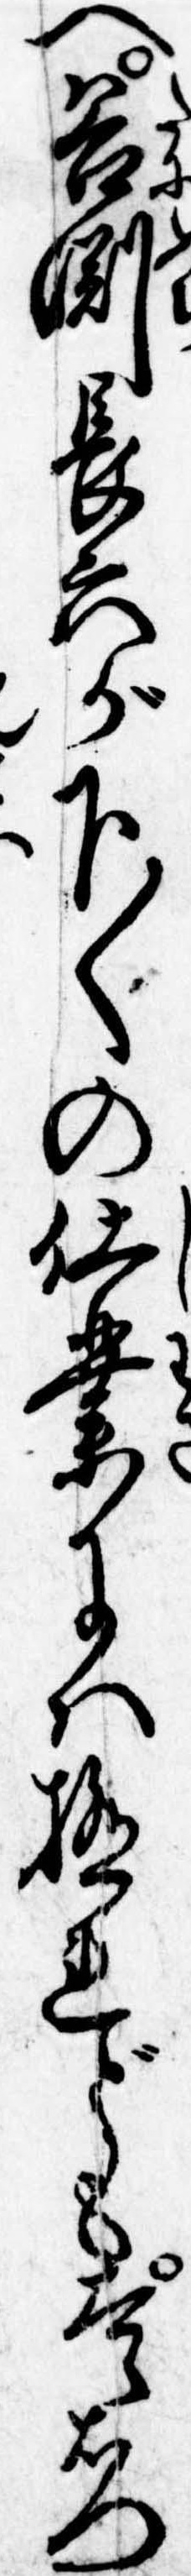
へ谷淵長六が下〱の仕業には極れども太郎右門